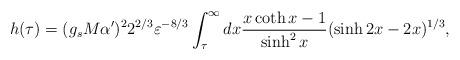
LaTeX: \begin{align*}h(\tau) = (g_s M\alpha')^2 2^{2/3} \varepsilon^{-8/3}\int_\tau^\infty d x {x\coth x-1\over \sinh^2 x} (\sinh 2x - 2x)^{1/3},\end{align*}